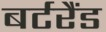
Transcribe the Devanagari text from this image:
बर्टरैंड